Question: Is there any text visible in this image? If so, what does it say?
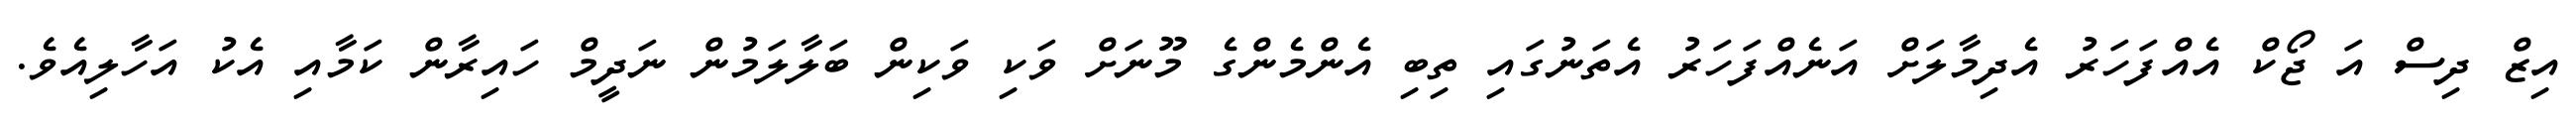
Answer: އިޒް ދިސް އަ ޖޯކް އެއްފަހަރު އެދިމާލަށް އަނެއްފަހަރު އެތަނުގައި ތިބި އެންމެންގެ މޫނަށް ވަކި ވަކިން ބަލާލަމުން ނަދީމް ހައިރާން ކަމާއި އެކު އަހާލިއެވެ.